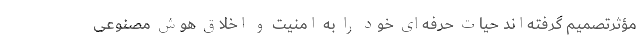
مؤثرتصمیم گرفته‌اند حیات حرفه‌ای خود را به امنیت و اخلاق هوش مصنوعی